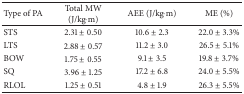
| Type of PA | Total MW (J/kg·m) | AEE (J/kg·m) | ME (%) |
 | --- | --- | --- | --- |
 | STS | 2.31 ± 0.50 | 10.6 ± 2.3 | 22.0 ± 3.3% |
 | LTS | 2.88 ± 0.57 | 11.2 ± 3.0 | 26.5 ± 5.1% |
 | BOW | 1.75 ± 0.55 | 9.1 ± 3.5 | 19.8 ± 3.7% |
 | SQ | 3.96 ± 1.25 | 17.2 ± 6.8 | 24.0 ± 5.5% |
 | RLOL | 1.25 ± 0.51 | 4.8 ± 1.9 | 26.3 ± 5.5% |